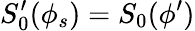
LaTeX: S_{0}^{\prime}(\phi_{s})=S_{0}(\phi^{\prime})